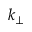
k _ { \perp }